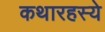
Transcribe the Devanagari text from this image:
कथारहस्ये